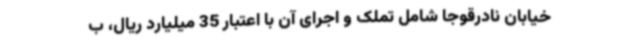
خیابان نادرقوجا شامل تملک و اجرای آن با اعتبار 35 میلیارد ریال، ب